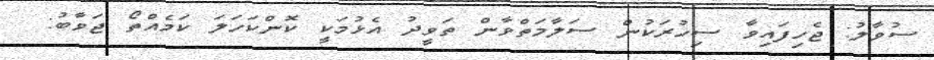
ސުވާލު: ޖެހިފައިވާ ސިހުރަކުން ސަލާމަތްވާން ތަވީދު އެޅުމަކީ ކޮންކަހަލަ ކަމެއްތޯ ޖަވާބު: